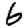
Digit: 6